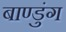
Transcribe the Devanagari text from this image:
बाण्डुंग